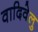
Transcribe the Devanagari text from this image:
वादिवेलु